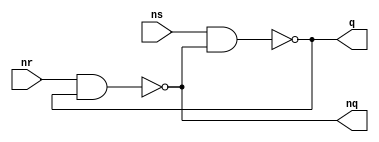
module Latch(
  input ns,
  input nr,
  output q,
  output nq
);

  reg q;
  reg nq;

  always @( * ) begin    
    q = ns ~& nq;
    nq = nr ~& q;
  end

  //other version -- confuzzled
    // if statements and ampersands ????

  // each case

endmodule